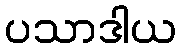
ပသာဒါယ